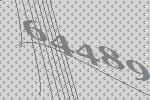
64489